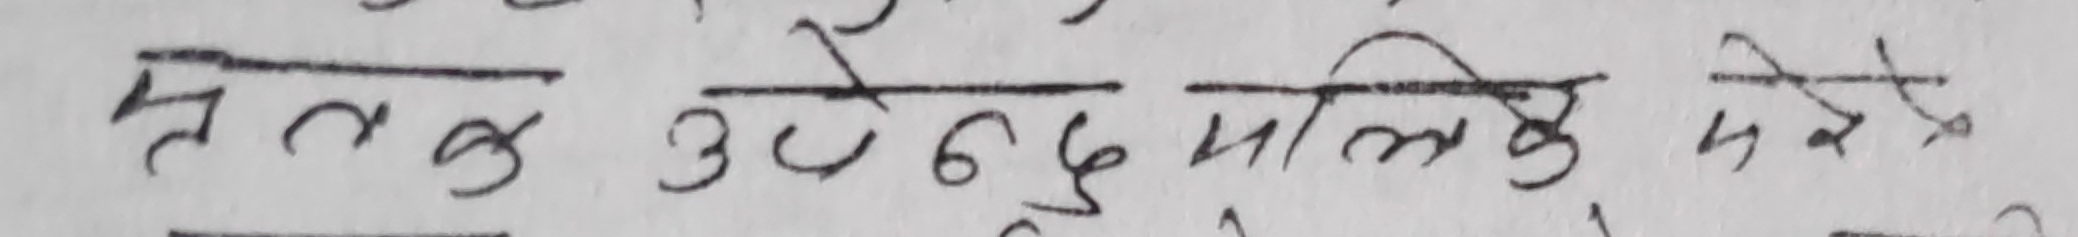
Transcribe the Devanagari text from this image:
त क उ बेदु मालि के परेको